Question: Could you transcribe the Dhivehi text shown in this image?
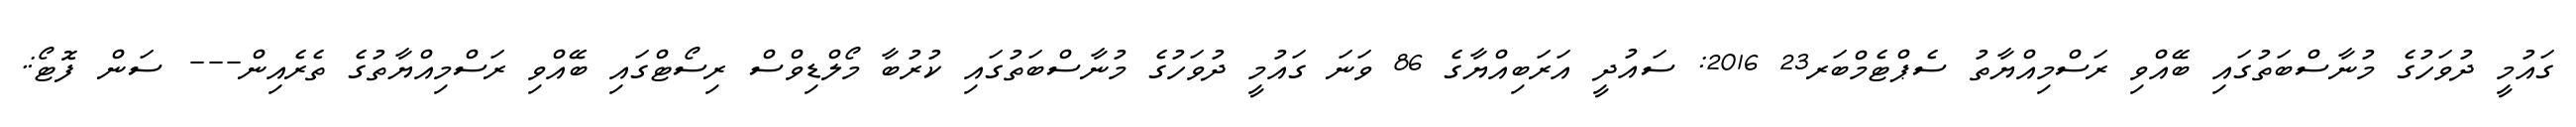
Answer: ގައުމީ ދުވަހުގެ މުނާސްބަތުގައި ބޭއްވި ރަސްމިއްޔާތު ސެޕްޓެމްބަރ23 2016: ސައުދީ އަރަބިއްޔާގެ 86 ވަނަ ގައުމީ ދުވަހުގެ މުނާސްބަތުގައި ކުރުބާ މޯލްޑިވްސް ރިސޯޓްގައި ބޭއްވި ރަސްމިއްޔާތުގެ ތެރެއިން--- ސަން ފޮޓޯ:.